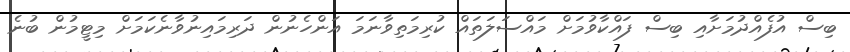
ބިސް އުފެއްދުމަށާއި ބިސް ފައްކާވުމަށް މައްސަލަތައް ކުރިމަތިވާނަމަ އަންހެނުން ދަރިމައިނުވާނެކަމަށް މިޓީމުން ބުނެ